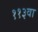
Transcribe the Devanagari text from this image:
११३वा